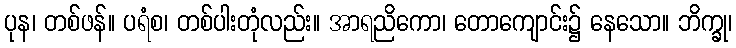
ပုန၊ တစ်ဖန်။ ပရံစ၊ တစ်ပါးတုံလည်း။ အာရညိကော၊ တောကျောင်း၌ နေသော။ ဘိက္ခု၊